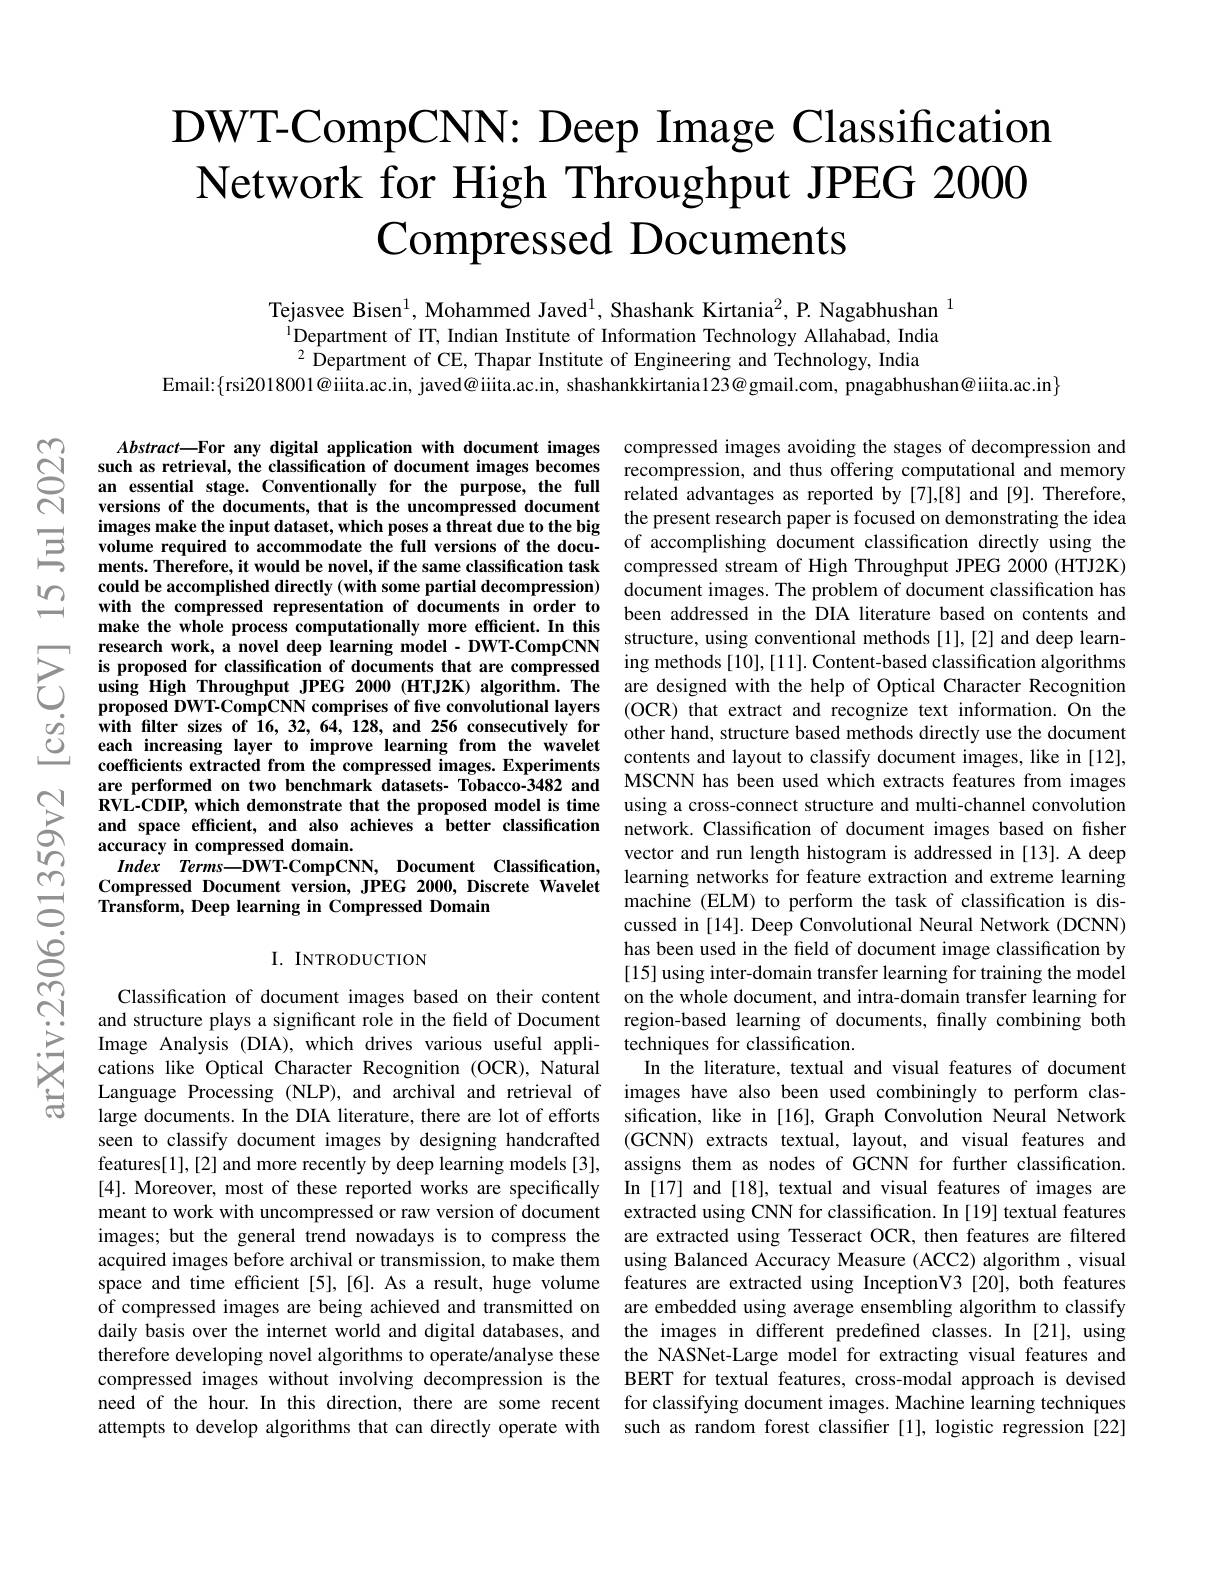
$ଟ୍ରି$

# $\textbf{DWT- CompCNN: Deep Image Classification}$ $\textbf{Network for High Throughput JPEG 2000}$ $\textbf{Compressed Documents}$

Tejasvee Bisen$^{1}$, Mohammed Javed$^{1}$, Shashank Kirtania$^{2}$, P. Nagabhushan $^{1}$ $^{\text{i}}$Department of IT, Indian Institute of Information Technology Allahabad, India $^{2}$ Department of CE, Thapar Institute of Engineering and Technology, India
Email:$\{$rsi2018001@iiita.ac.in, javed@iiita.ac.in, shashankkirtania123@gmail.com, pnagabhushan@iiita.ac.in$\}$

$Abstract—$For any digital application with document images compressed images avoiding the stages of decompression and
such as retrieval, the classification of document images becomes an essential stage. Conventionally for the purpose, the full versions of the documents, that is the uncompressed document images make the input dataset, which poses a threat due to the big
$\begin{array}{lll}&\text{images make the input dataset,which poses a threat due to the big}\\&\textbf{volume required to accommodate the full versions of the docu-}\\&\textbf{ments. Therefore, it would be novel, if the same classification task}\end{array}$
ments. Therefore, it would be novel, if the same classification task could be accomplished directly (with some partial decompression) with the compressed representation of documents in order to make the whole process computationally more efficient. In this research work, a novel deep learning model- DWT-CompCNN is proposed for classification of documents that are compressed using High Throughput JPEG 2000 (HTJ2K) algorithm. The proposed DWT-CompCNN comprises of five convolutional layers (OCR) that extract and recognize text information. On the
with flter sizes of 16,32,64,128, and 256 consecutively for each increasing layer to improve learning from the wavelet coefficients extracted from the compressed images. Experiments are performed on two benchmark datasets- Tobacco-3482 and MSCNN has been used which extracts features from images
RVL-CDIP, which demonstrate that the proposed model is time and space efficient, and also achieves a better classification accuracy in compressed domain.
$\begin{aligned}Index&Terms-DWT-CompCN,\:\mathrm{Document}\:\mathrm{Classification,}\:\mathrm{learning~networks~for~feature~extraction~and~extreme~learning}\\\text{Compressed Document version, JPEG 2000, Discrete Wavelet}\:\mathrm{learning~networks~for~feature~extraction~and~extreme~learning}\\\text{Compressed }\end{aligned}$
Transform, Deep learning in Compressed Domain

recompression, and thus offering computational and memory related advantages as reported by [7],[8] and [9]. Therefore, the present research paper is focused on demonstrating the idea of accomplishing document classification directly using the compressed stream of High Throughput JPEG 2000 (HTJ2K) document images. The problem of document classification has been addressed in the DIA literature based on contents and structure, using conventional methods [1],[2] and deep learning methods [10], [11]. Content-based classification algorithms are designed with the help of Optical Character Recognition other hand, structure based methods directly use the document contents and layout to classify document images, like in [12], using a cross-connect structure and multi-channel convolution network. Classification of document images based on fisher vector and run length histogram is addressed in [13]. A deep machine (ELM) to perform the task of classification is discussed in [14]. Deep Convolutional Neural Network (DCNN) has been used in the field of document image classification by [15] using inter-domain transfer learning for training the model
Classification of document images based on their content on the whole document, and intra-domain transfer learning for and structure plays a significant role in the field of Document region-based learning of documents, finally combining both Image Analysis (DIA), which drives various useful appli- techniques for classification.
In the literature, textual and visual features of document
Language Processing (NLP), and archival and retrieval of images have also been used combiningly to perform claslarge documents. In the DIA literature, there are lot of efforts sification, like in [16],Graph Convolution Neural Network seen to classify document images by designing handcrafted (GCNN) extracts textual, layout, and visual features and
assigns them as nodes of GCNN for further classification.
[4]. Moreover, most of these reported works are specifically In [17] and [18], textual and visual features of images are meant to work with uncompressed or raw version of document extracted using CNN for classification. In [19] textual features images; but the general trend nowadays is to compress the are extracted using Tesseract OCR, then features are filtered acquired images before archival or transmission, to make them using Balanced Accuracy Measure (ACC2) algorithm , visual space and time efficient [5],[6]. As a result, huge volume features are extracted using InceptionV3 [20], both features
are embedded using average ensembling algorithm to classify
daily basis over the internet world and digital databases, and the images in different predefined classes. In [21], using therefore developing novel algorithms to operate/analyse these the NASNet-Large model for extracting visual features and compressed images without involving decompression is the BERT for textual features, cross-modal approach is devised need of the hour. In this direction, there are some recent for classifying document images. Machine learning techniques attempts to develop algorithms that can directly operate with such as random forest classiffer [1], logistic regression [22]

I. INTRODUCTION

cations like Optical Character Recognition (OCR),Natural features[1],[2] and more recently by deep learning models [3], of compressed images are being achieved and transmitted on